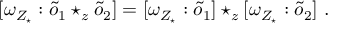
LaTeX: [ \omega _ { { \cal Z } _ { \star } } : \tilde { o } _ { 1 } \star _ { z } \tilde { o } _ { 2 } ] = [ \omega _ { { \cal Z } _ { \star } } : \tilde { o } _ { 1 } ] \star _ { z } [ \omega _ { { \cal Z } _ { \star } } : \tilde { o } _ { 2 } ] ~ .